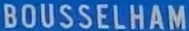
BOUSSELHAM